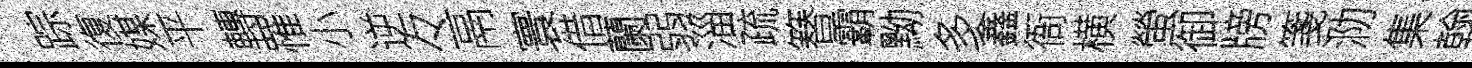
踪復媒平轉罹小逆々鬲寰借蘭弱淄疏簮霸黝多鑫衙横螢御牓箋泐集翰